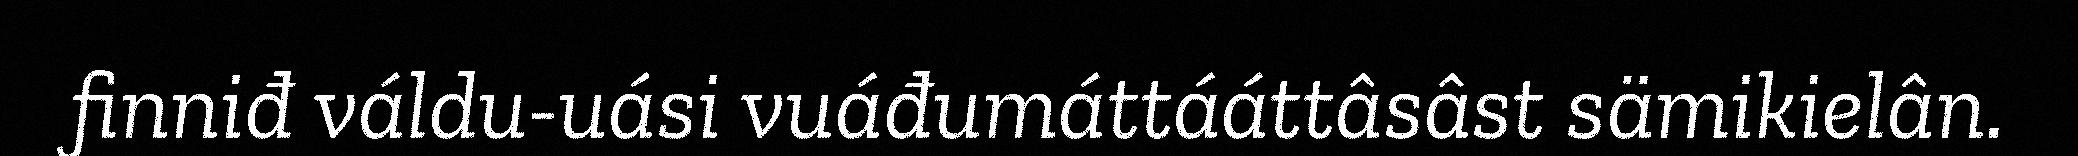
finniđ váldu-uási vuáđumáttááttâsâst sämikielân.